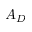
A _ { D }